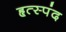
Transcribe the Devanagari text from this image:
हृत्स्पंद